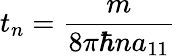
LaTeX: t_{n}=\frac{m}{8\pi\hbar na_{11}}